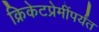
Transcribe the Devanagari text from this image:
क्रिकेटप्रेमींपर्यंत